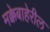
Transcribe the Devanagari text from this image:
मक्केबाहेरील